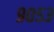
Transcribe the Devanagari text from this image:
९०५३